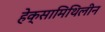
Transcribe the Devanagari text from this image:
हेक्सामिथिलीन